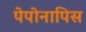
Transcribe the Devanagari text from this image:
पेपोनापिस